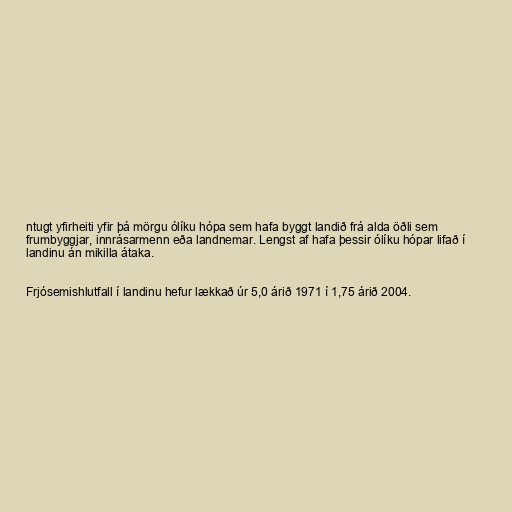
ntugt yfirheiti yfir þá mörgu ólíku hópa sem hafa byggt landið frá alda öðli sem
frumbyggjar, innrásarmenn eða landnemar. Lengst af hafa þessir ólíku hópar lifað í
landinu án mikilla átaka.

Frjósemishlutfall í landinu hefur lækkað úr 5,0 árið 1971 í 1,75 árið 2004.